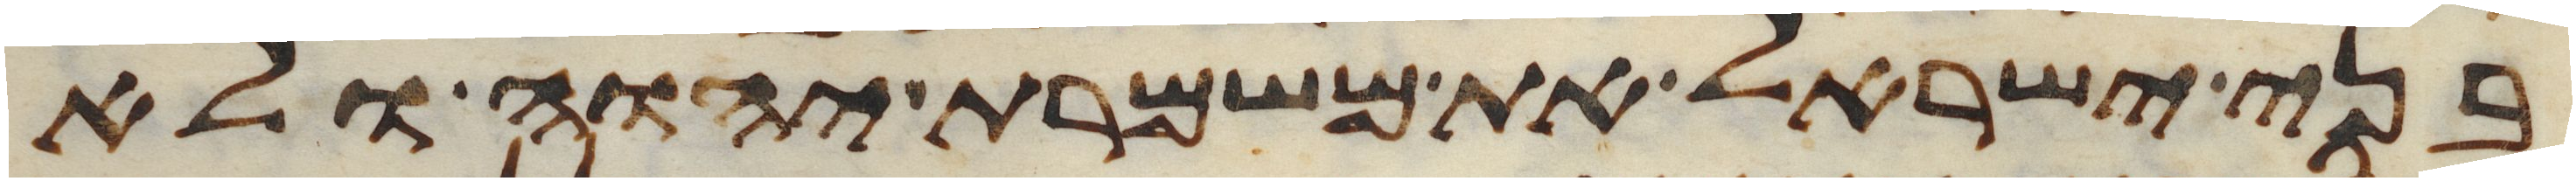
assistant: בני ישראל את משמרת יהוה ולא